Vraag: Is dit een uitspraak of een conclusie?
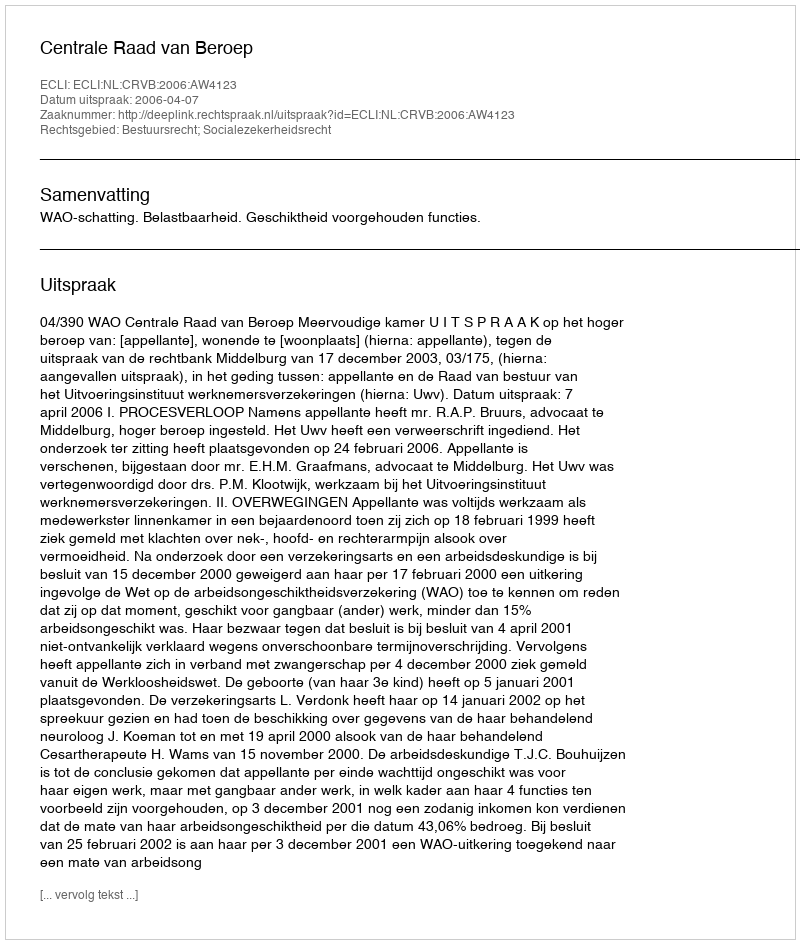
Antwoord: Uitspraak